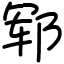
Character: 郓